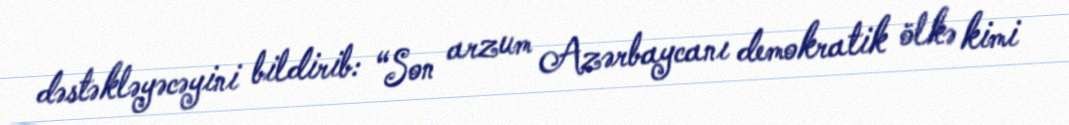
dəstəkləyəcəyini bildirib: “Son arzum Azərbaycanı demokratik ölkə kimi